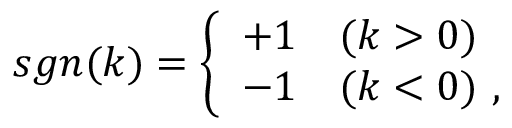
s g n ( k ) = \left\{ \begin{array} { l l } { { + 1 } } & { { ( k > 0 ) } } \\ { { - 1 } } & { { ( k < 0 ) \, \, , } } \end{array} \right.